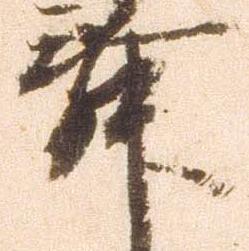
舞